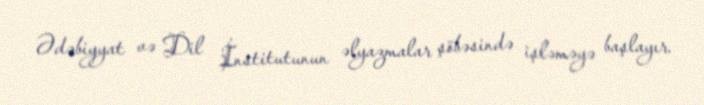
Ədəbiyyat və Dil İnstitutunun əlyazmalar şöbəsində işləməyə başlayır.